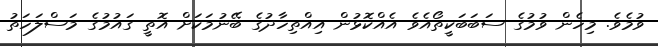
ވުމެވެ. މިހެން ވުމުގެ ސަބަބަކީތޯއެވެ އެއްކޮޅުން އިއްތިހާދުގެ ބޭނުމަކަށް އޮތީ ގައުމުގެ މަސްލަހަތު